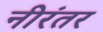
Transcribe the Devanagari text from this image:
नीरंतर